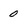
Character: 0